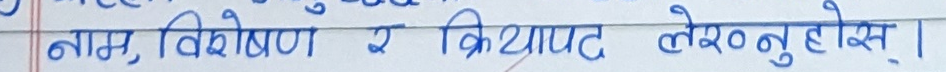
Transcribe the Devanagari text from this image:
नाम, विशेषण र क्रियापद लेख्नुहोस्।